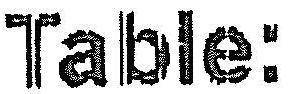
TABLE: